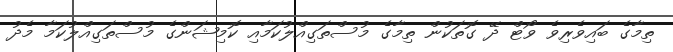
ތިމާގެ ބައިވެރިވެ ވޯޓް ދޭ ގޮތަކުން ތިމާގެ މުސްތަގިއްލުކަމާއި ކޮމިޝަންގެ މުސްތަގިއްލުކަމާ މެދު